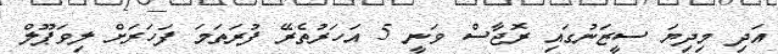
އަދި މިދިޔަ ސީޒަނުގައި ރޮޖާސް ވަނީ 5 އަހަރުތެރޭ ފުރަތަމަ ފަހަރަށް ލިވަޕޫލް